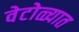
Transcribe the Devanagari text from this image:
वेटोळ्यात